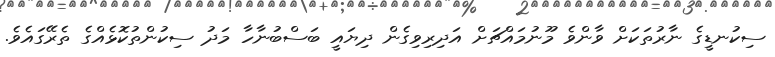
ސިކުނޑީގެ ނާރުތަކަށް ވާންވެ މޫނުމައްޗަށް އަދިރިވިގެން ދިޔައީ ބަސްބުނާހާ މަދު ސިކުންތުކޮޅެއްގެ ތެރޭގައެވެ.